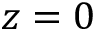
z = 0